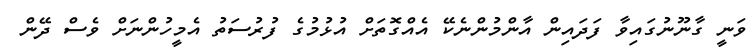
ވަނީ ގާނޫނުގައިވާ ފަދައިން އާންމުންނެކޭ އެއްގޮތަށް އުޅުމުގެ ފުރުސަތު އެމީހުންނަށް ވެސް ދޭން